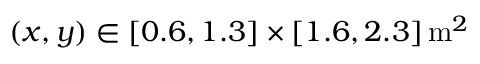
( x , y ) \in [ 0 . 6 , 1 . 3 ] \times [ 1 . 6 , 2 . 3 ] \, \mathrm { m } ^ { 2 }